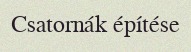
Csatornák építése